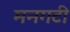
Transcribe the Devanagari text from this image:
मनगटी